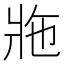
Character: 𤕴